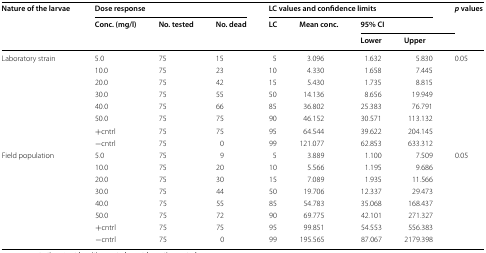
<table><thead><tr><td rowspan="3"><b>Nature of the larvae</b></td><td colspan="3"><b>Dose response</b></td><td colspan="4"><b>LC values and confidence limits</b></td><td rowspan="3"><b><i>p</i> values</b></td></tr><tr><td rowspan="2"><b>Conc. (mg/l)</b></td><td rowspan="2"><b>No. tested</b></td><td rowspan="2"><b>No. dead</b></td><td rowspan="2"><b>LC</b></td><td rowspan="2"><b>Mean conc.</b></td><td colspan="2"><b>95% CI</b></td></tr><tr><td><b>Lower</b></td><td><b>Upper</b></td></tr></thead><tbody><tr><td rowspan="8">Laboratory strain</td><td>5.0</td><td>75</td><td>15</td><td>5</td><td>3.096</td><td>1.632</td><td>5.830</td><td rowspan="8">0.05</td></tr><tr><td>10.0</td><td>75</td><td>23</td><td>10</td><td>4.330</td><td>1.658</td><td>7.445</td></tr><tr><td>20.0</td><td>75</td><td>42</td><td>15</td><td>5.430</td><td>1.735</td><td>8.815</td></tr><tr><td>30.0</td><td>75</td><td>55</td><td>50</td><td>14.136</td><td>8.656</td><td>19.949</td></tr><tr><td>40.0</td><td>75</td><td>66</td><td>85</td><td>36.802</td><td>25.383</td><td>76.791</td></tr><tr><td>50.0</td><td>75</td><td>75</td><td>90</td><td>46.152</td><td>30.571</td><td>113.132</td></tr><tr><td>+cntrl</td><td>75</td><td>75</td><td>95</td><td>64.544</td><td>39.622</td><td>204.145</td></tr><tr><td>−cntrl</td><td>75</td><td>0</td><td>99</td><td>121.077</td><td>62.853</td><td>633.312</td></tr><tr><td rowspan="8">Field population</td><td>5.0</td><td>75</td><td>9</td><td>5</td><td>3.889</td><td>1.100</td><td>7.509</td><td rowspan="8">0.05</td></tr><tr><td>10.0</td><td>75</td><td>20</td><td>10</td><td>5.566</td><td>1.195</td><td>9.686</td></tr><tr><td>20.0</td><td>75</td><td>30</td><td>15</td><td>7.089</td><td>1.935</td><td>11.566</td></tr><tr><td>30.0</td><td>75</td><td>44</td><td>50</td><td>19.706</td><td>12.337</td><td>29.473</td></tr><tr><td>40.0</td><td>75</td><td>55</td><td>85</td><td>54.783</td><td>35.068</td><td>168.437</td></tr><tr><td>50.0</td><td>75</td><td>72</td><td>90</td><td>69.775</td><td>42.101</td><td>271.327</td></tr><tr><td>+cntrl</td><td>75</td><td>75</td><td>95</td><td>99.851</td><td>54.553</td><td>556.383</td></tr><tr><td>−cntrl</td><td>75</td><td>0</td><td>99</td><td>195.565</td><td>87.067</td><td>2179.398</td></tr></tbody></table>